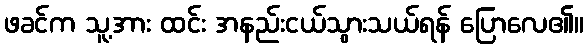
ဖခင်က သူ့အား ထင်း အနည်းငယ်သွားသယ်ရန် ပြောလေ၏။